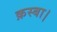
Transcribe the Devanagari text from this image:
क़स्बा।